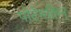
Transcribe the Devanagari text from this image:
पोटेमकिन्